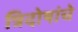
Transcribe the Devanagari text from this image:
त्रिदोषांचे